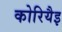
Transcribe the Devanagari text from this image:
कोरियैइ